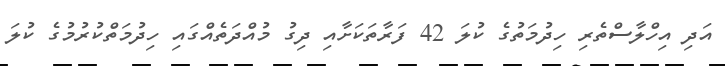
އަދި އިހްލާސްތެރި ހިދުމަތުގެ ކުލަ 42 ފަރާތަކަށާއި ދިގު މުއްދަތެއްގައި ހިދުމަތްކުރުމުގެ ކުލަ